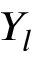
Y _ { l }